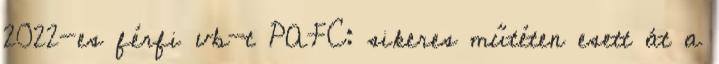
2022-es férfi vb-t PAFC: sikeres műtéten esett át a